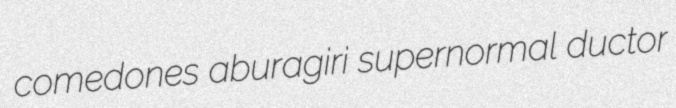
comedones aburagiri supernormal ductor